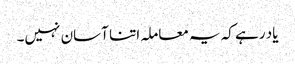
یاد رہے کہ یہ معاملہ اتنا آسان نہیں۔